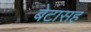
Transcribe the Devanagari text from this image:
बेटासह